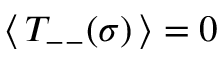
\: \langle \, T _ { -- } ( \sigma ) \, \rangle = 0 \: